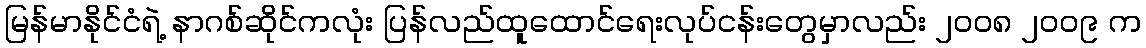
မြန်မာနိုင်ငံရဲ့ နာဂစ်ဆိုင်ကလုံး ပြန်လည်ထူထောင်ရေးလုပ်ငန်းတွေမှာလည်း ၂၀၀၈ ၂၀၀၉ က